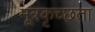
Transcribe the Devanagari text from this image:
मूत्रकृच्छता